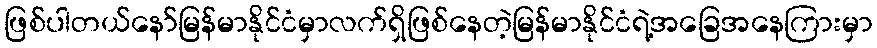
ဖြစ်ပါတယ်နော်မြန်မာနိုင်ငံမှာလက်ရှိဖြစ်နေတဲ့မြန်မာနိုင်ငံရဲ့အခြေအနေကြားမှာ